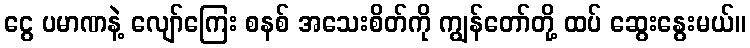
ငွေ ပမာဏနဲ့ လျော်ကြေး စနစ် အသေးစိတ်ကို ကျွန်တော်တို့ ထပ် ဆွေးနွေးမယ်။